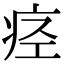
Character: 痉